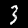
Label: 3